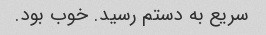
سریع به دستم رسید. خوب بود.